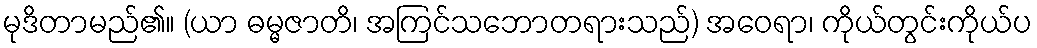
မုဒိတာမည်၏။ (ယာ ဓမ္မဇာတိ၊ အကြင်သဘောတရားသည်) အဝေရာ၊ ကိုယ်တွင်းကိုယ်ပ